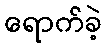
ရောက်ခဲ့